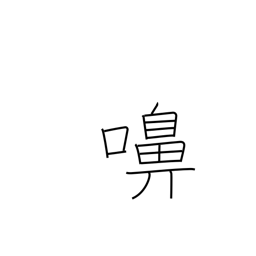
Meaning: snorting